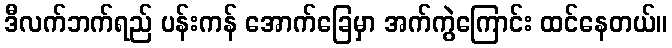
ဒီလက်ဘက်ရည် ပန်းကန် အောက်ခြေမှာ အက်ကွဲကြောင်း ထင်နေတယ်။